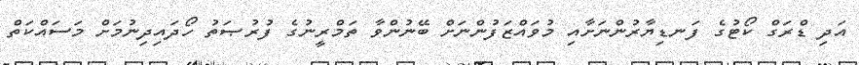
އަދި ޑްރަގް ކޯޓުގެ ފަނޑިޔާރުންނަށާއި މުވައްޒަފުންނަށް ބޭނުންވާ ތަމްރީނުގެ ފުރުޞަތު ހޯދައިދިނުމަށް މަސައްކަތް